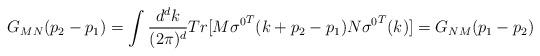
LaTeX: \begin{align*}G_{MN}(p_{2}-p_{1})=\int {d^{d}k\over (2\pi )^{d}}Tr[M{\sigma^{0}}^{T}(k+p_{2}-p_{1})N{\sigma^{0}}^{T}(k)]=G_{NM}(p_{1}-p_{2})\end{align*}